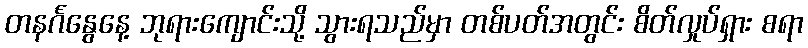
တနင်္ဂနွေနေ့ ဘုရားကျောင်းသို့ သွားရသည်မှာ တစ်ပတ်အတွင်း စိတ်လှုပ်ရှား စရာ